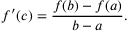
f ^ { \prime } ( c ) = \frac { f ( b ) - f ( a ) } { b - a } .